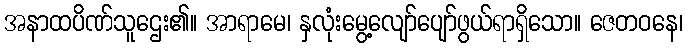
အနာထပိဏ်သူဌေး၏။ အာရာမေ၊ နှလုံးမွေ့လျော်ပျော်ဖွယ်ရာရှိသော။ ဇေတဝနေ၊